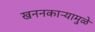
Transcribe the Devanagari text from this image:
खननकाऱ्यामुळे